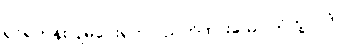
ရှင်ရဟန်းပြုမပေးရဟု ပညတ်ထားသော သိက္ခာပုဒ်။